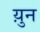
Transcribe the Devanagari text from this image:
य़ुन